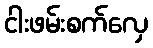
ငါးဖမ်းစက်လှေ